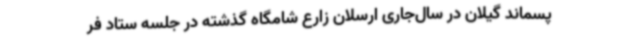
پسماند گیلان در سال‌جاری ارسلان زارع شامگاه گذشته در جلسه ستاد فر